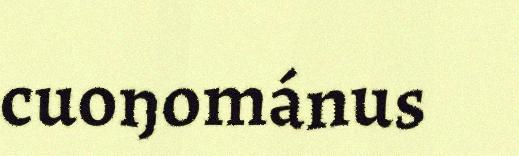
cuoŋománus